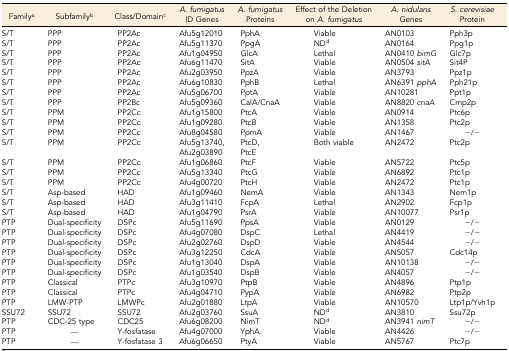
<table><thead><tr><td><b>Family<sup>a</sup></b></td><td><b>Subfamily<sup>b</sup></b></td><td><b>Class/Domain<sup>c</sup></b></td><td><b><i>A. fumigatus</i> ID Genes</b></td><td><b><i>A. fumigatus</i> Proteins</b></td><td><b>Effect of the Deletion on <i>A. fumigatus</i></b></td><td><b><i>A. nidulans</i> Genes</b></td><td><b><i>S. cerevisiae</i> Protein</b></td></tr></thead><tbody><tr><td>S/T</td><td>PPP</td><td>PP2Ac</td><td>Afu5g12010</td><td>PphA</td><td>Viable</td><td>AN0103</td><td>Pph3p</td></tr><tr><td>S/T</td><td>PPP</td><td>PP2Ac</td><td>Afu5g11370</td><td>PpgA</td><td>ND<sup>d</sup></td><td>AN0164</td><td>Ppg1p</td></tr><tr><td>S/T</td><td>PPP</td><td>PP2Ac</td><td>Afu1g04950</td><td>GlcA</td><td>Lethal</td><td>AN0410 <i>bimG</i></td><td>Glc7p</td></tr><tr><td>S/T</td><td>PPP</td><td>PP2Ac</td><td>Afu6g11470</td><td>SitA</td><td>Viable</td><td>AN0504 <i>sitA</i></td><td>Sit4P</td></tr><tr><td>S/T</td><td>PPP</td><td>PP2Ac</td><td>Afu2g03950</td><td>PpzA</td><td>Viable</td><td>AN3793</td><td>Ppz1p</td></tr><tr><td>S/T</td><td>PPP</td><td>PP2Ac</td><td>Afu6g10830</td><td>PphB</td><td>Lethal</td><td>AN6391 <i>pphA</i></td><td>Pph21p</td></tr><tr><td>S/T</td><td>PPP</td><td>PP2Ac</td><td>Afu5g06700</td><td>PptA</td><td>Viable</td><td>AN10281</td><td>Ppt1p</td></tr><tr><td>S/T</td><td>PPP</td><td>PP2Bc</td><td>Afu5g09360</td><td>CalA/CnaA</td><td>Viable</td><td>AN8820 <i>cnaA</i></td><td>Cmp2p</td></tr><tr><td>S/T</td><td>PPM</td><td>PP2Cc</td><td>Afu1g15800</td><td>PtcA</td><td>Viable</td><td>AN0914</td><td>Ptc6p</td></tr><tr><td>S/T</td><td>PPM</td><td>PP2Cc</td><td>Afu1g09280</td><td>PtcB</td><td>Viable</td><td>AN1358</td><td>Ptc2p</td></tr><tr><td>S/T</td><td>PPM</td><td>PP2Cc</td><td>Afu8g04580</td><td>PpmA</td><td>Viable</td><td>AN1467</td><td>−/−</td></tr><tr><td rowspan="2">S/T</td><td rowspan="2">PPM</td><td rowspan="2">PP2Cc</td><td>Afu5g13740,</td><td>PtcD,</td><td rowspan="2">Both viable</td><td rowspan="2">AN2472</td><td rowspan="2">Ptc2p</td></tr><tr><td>Afu2g03890</td><td>PtcE</td></tr><tr><td>S/T</td><td>PPM</td><td>PP2Cc</td><td>Afu1g06860</td><td>PtcF</td><td>Viable</td><td>AN5722</td><td>Ptc5p</td></tr><tr><td>S/T</td><td>PPM</td><td>PP2Cc</td><td>Afu5g13340</td><td>PtcG</td><td>Viable</td><td>AN6892</td><td>Ptc1p</td></tr><tr><td>S/T</td><td>PPM</td><td>PP2Cc</td><td>Afu4g00720</td><td>PtcH</td><td>Viable</td><td>AN2472</td><td>Ptc1p</td></tr><tr><td>S/T</td><td>Asp-based</td><td>HAD</td><td>Afu1g09460</td><td>NemA</td><td>Viable</td><td>AN1343</td><td>Nem1p</td></tr><tr><td>S/T</td><td>Asp-based</td><td>HAD</td><td>Afu3g11410</td><td>FcpA</td><td>Lethal</td><td>AN2902</td><td>Fcp1p</td></tr><tr><td>S/T</td><td>Asp-based</td><td>HAD</td><td>Afu1g04790</td><td>PsrA</td><td>Viable</td><td>AN10077</td><td>Psr1p</td></tr><tr><td>PTP</td><td>Dual-specificity</td><td>DSPc</td><td>Afu5g11690</td><td>PpsA</td><td>Viable</td><td>AN0129</td><td>−/−</td></tr><tr><td>PTP</td><td>Dual-specificity</td><td>DSPc</td><td>Afu4g07080</td><td>DspC</td><td>Lethal</td><td>AN4419</td><td>−/−</td></tr><tr><td>PTP</td><td>Dual-specificity</td><td>DSPc</td><td>Afu2g02760</td><td>DspD</td><td>Viable</td><td>AN4544</td><td>−/−</td></tr><tr><td>PTP</td><td>Dual-specificity</td><td>DSPc</td><td>Afu3g12250</td><td>CdcA</td><td>Viable</td><td>AN5057</td><td>Cdc14p</td></tr><tr><td>PTP</td><td>Dual-specificity</td><td>DSPc</td><td>Afu1g13040</td><td>DspA</td><td>Viable</td><td>AN10138</td><td>−/−</td></tr><tr><td>PTP</td><td>Dual-specificity</td><td>DSPc</td><td>Afu1g03540</td><td>DspB</td><td>Viable</td><td>AN4057</td><td>−/−</td></tr><tr><td>PTP</td><td>Classical</td><td>PTPc</td><td>Afu3g10970</td><td>PtpB</td><td>Viable</td><td>AN4896</td><td>Ptp1p</td></tr><tr><td>PTP</td><td>Classical</td><td>PTPc</td><td>Afu4g04710</td><td>PypA</td><td>Viable</td><td>AN6982</td><td>Ptp2p</td></tr><tr><td>PTP</td><td>LMW-PTP</td><td>LMWPc</td><td>Afu2g01880</td><td>LtpA</td><td>Viable</td><td>AN10570</td><td>Ltp1p/Yvh1p</td></tr><tr><td>SSU72</td><td>SSU72</td><td>SSU72</td><td>Afu2g03760</td><td>SsuA</td><td>ND<sup>d</sup></td><td>AN3810</td><td>Ssu72p</td></tr><tr><td>PTP</td><td>CDC-25 type</td><td>CDC25</td><td>Afu6g08200</td><td>NimT</td><td>ND<sup>d</sup></td><td>AN3941 <i>nimT</i></td><td>−/−</td></tr><tr><td>PTP</td><td>—</td><td>Y-fosfatase</td><td>Afu4g07000</td><td>YphA</td><td>Viable</td><td>AN4426</td><td>−/−</td></tr><tr><td>PTP</td><td>—</td><td>Y-fosfatase 3</td><td>Afu6g06650</td><td>PtyA</td><td>Viable</td><td>AN5767</td><td>Ptc7p</td></tr></tbody></table>